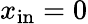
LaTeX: x_{\mathrm{in}}=0